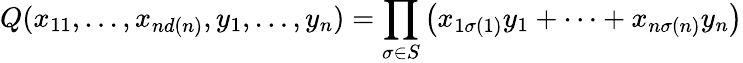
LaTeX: Q(x_{11},\dots,x_{nd(n)},y_{1},\dots,y_{n})=\prod_{\sigma\in S}\left(x_{1\sigma(1)}y_{1}+\dots+x_{n\sigma(n)}y_{n}\right)